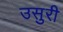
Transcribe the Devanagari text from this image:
उसुरी